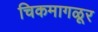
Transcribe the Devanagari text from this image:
चिकमागळूर